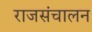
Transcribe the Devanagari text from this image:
राजसंचालन